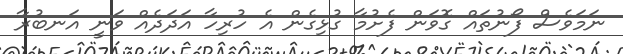
ނަމަވެސް ފޯނުތައް ގޮވަން ފެށުމާ ގުޅިގެން އެ ހުރިހާ އަދަދެއް ވަނީ އަނބުރާ